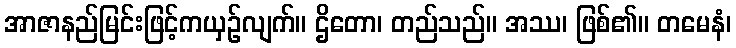
အာဇာနည်မြင်းဖြင့်ကယှဉ်လျက်။ ဌိတော၊ တည်သည်။ အဿ၊ ဖြစ်၏။ တမေနံ၊